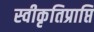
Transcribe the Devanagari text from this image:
स्वीकृतिप्राप्ति